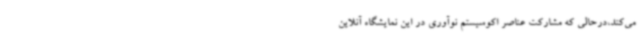
می‌کند،درحالی که مشارکت عناصر اکوسیستم نوآوری در این نمایشگاه آنلاین